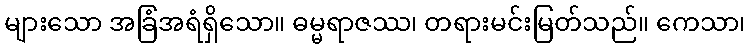
များသော အခြံအရံရှိသော။ ဓမ္မရာဇဿ၊ တရားမင်းမြတ်သည်။ ကေသာ၊